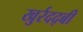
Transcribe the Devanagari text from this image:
खुर्रदद्बी